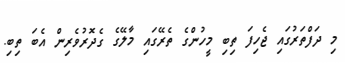
މި ދަފްތަރުގައި ޖެހިފަ ތިބި މީހުންގެ ތެރޭގައި މާލޭގެ ގެދޮރުވެރިން އެބަ ތިބި.